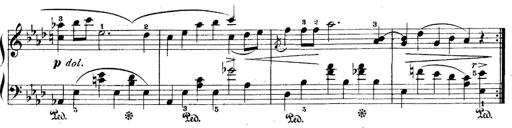
Title: 5 Sonatinas
Composer: Theodor Kirchner